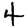
Digit: 4